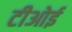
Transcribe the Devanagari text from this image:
टीओई